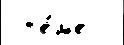
 т'е́м'е